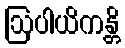
ဩပါယိကန္တိ